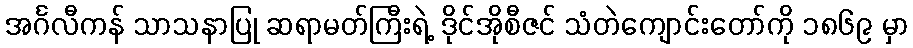
အင်္ဂလီကန် သာသနာပြု ဆရာမတ်ကြီးရဲ့ ဒိုင်အိုစီဇင် သံတဲကျောင်းတော်ကို ၁၈၆၉ မှာ